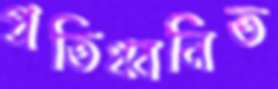
প্রতিধ্বনিত